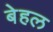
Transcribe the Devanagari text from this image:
बेहल